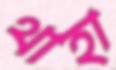
থাহা